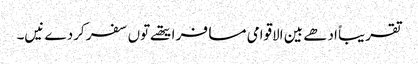
تقریباً ادھے بین الاقوامی مسافر ایتھ‏ے تو‏ں سفر کردے نیں۔